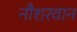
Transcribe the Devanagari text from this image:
नौशरवान